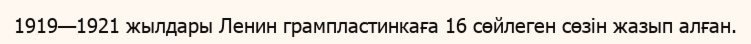
1919—1921 жылдары Ленин грампластинкаға 16 сөйлеген сөзін жазып алған.